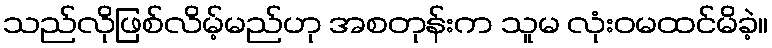
သည်လိုဖြစ်လိမ့်မည်ဟု အစတုန်းက သူမ လုံးဝမထင်မိခဲ့။